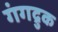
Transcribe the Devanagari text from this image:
गंगद्रुक